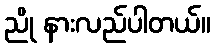
ညို နားလည်ပါတယ်။